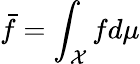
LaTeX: \bar{f}=\int_{\mathcal X}fd\mu